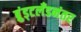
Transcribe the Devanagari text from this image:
ब्रुंड्टलँडनंतर